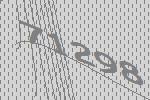
71298